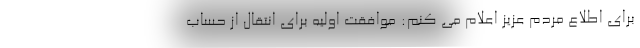
برای اطلاع مردم عزیز اعلام می کنم: موافقت اولیه برای انتقال از حساب